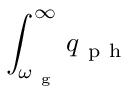
\int _ { \omega _ { \mathrm { ~ g ~ } } } ^ { \infty } q _ { \mathrm { ~ p ~ h ~ } }